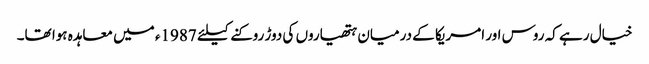
خیال رہے کہ روس اور امریکا کے درمیان ہتھیاروں کی دوڑ روکنے کیلئے 1987ء میں معاہدہ ہوا تھا۔